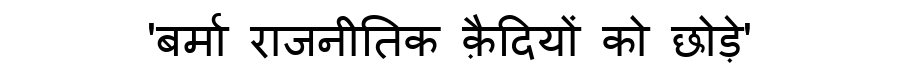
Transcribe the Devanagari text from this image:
'बर्मा राजनीतिक क़ैदियों को छोड़े'